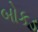
બોકડ